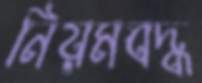
নিয়মবদ্ধ